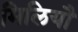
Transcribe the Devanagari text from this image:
मिलियौ